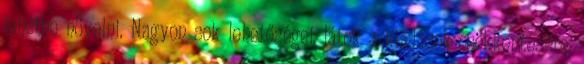
lehetne növelni. Nagyon sok lehetőséget látok a kiadások csökkentésére,